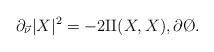
LaTeX: \begin{align*}\partial_{\vec \nu} |X|^{2} &= -2\mathrm{II}(X,X),\partial \O.\end{align*}